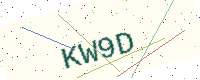
Text: KW9D